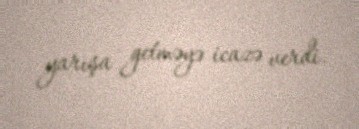
yarışa getməyə icazə verdi.